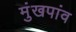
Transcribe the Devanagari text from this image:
मुंखपांव